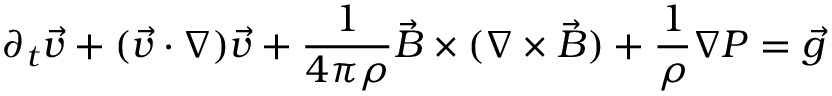
\partial _ { t } \vec { v } + ( \vec { v } \cdot \nabla ) \vec { v } + \frac { 1 } { 4 \pi \rho } \vec { B } \times ( \nabla \times \vec { B } ) + \frac { 1 } { \rho } \nabla P = \vec { g }